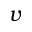
v